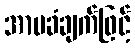
အာမခံချက်ဖြင့်